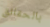
بالحقائق